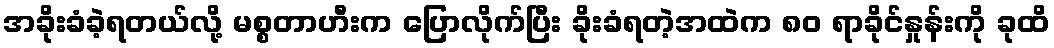
အခိုးခံခဲ့ရတယ်လို့ မစ္စတာဟီးက ပြောလိုက်ပြီး ခိုးခံရတဲ့အထဲက ၈၀ ရာခိုင်နှုန်းကို ခုထိ